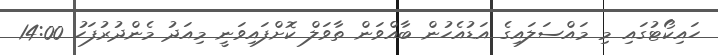
ހައިކޯޓުގައި މި މައްސަލައިގެ އަޑުއެހުން ބާއްވަން ތާވަލް ކޮށްފައިވަނީ މިއަދު މެންދުރުފަހު 14:00